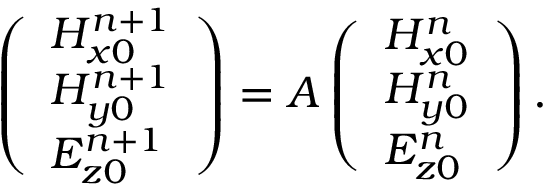
\left( \begin{array} { l } { H _ { x 0 } ^ { n + 1 } } \\ { H _ { y 0 } ^ { n + 1 } } \\ { E _ { z 0 } ^ { n + 1 } } \end{array} \right) = A \left( \begin{array} { l } { H _ { x 0 } ^ { n } } \\ { H _ { y 0 } ^ { n } } \\ { E _ { z 0 } ^ { n } } \end{array} \right) .